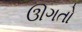
ઊગતો